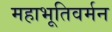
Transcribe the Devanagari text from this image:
महाभूतिवर्मन